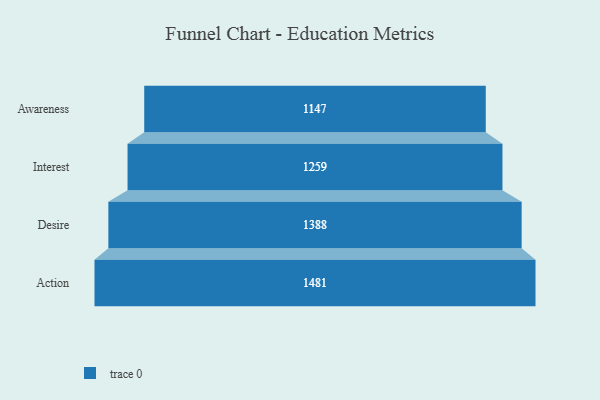
{"axis": {"x": "Stage", "y": "Value"}, "legend": [""], "data": [{"x": "Awareness", "y": 1147.0, "type": ""}, {"x": "Interest", "y": 1259.0, "type": ""}, {"x": "Desire", "y": 1388.0, "type": ""}, {"x": "Action", "y": 1481.0, "type": ""}]}